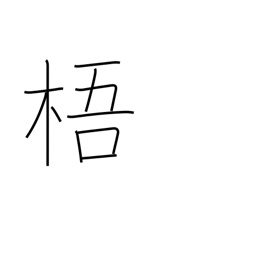
Meaning: Chinese parasol tree